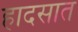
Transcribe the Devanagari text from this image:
हादसात